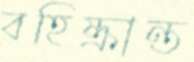
বহিষ্ক্রান্ত